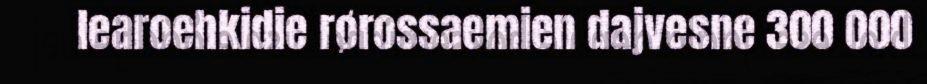
learoehkidie rørossaemien dajvesne 300 000